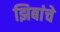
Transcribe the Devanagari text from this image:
झिबांचे